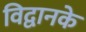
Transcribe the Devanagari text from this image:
विद्वानके